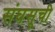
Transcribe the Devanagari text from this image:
संघसूची